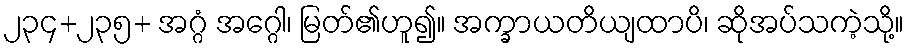
၂၃၄+၂၃၅+ အဂ္ဂံ အဂ္ဂေါ၊ မြတ်၏ဟူ၍။ အက္ခာယတိယျထာပိ၊ ဆိုအပ်သကဲ့သို့။